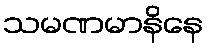
သမဏမာနိနေ